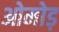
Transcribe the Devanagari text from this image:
ओमोड़